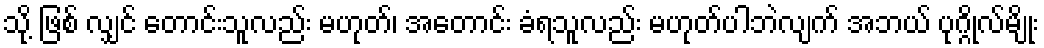
သို့ ဖြစ် လျှင် တောင်းသူလည်း မဟုတ်၊ အတောင်း ခံရသူလည်း မဟုတ်ပါဘဲလျက် အဘယ် ပုဂ္ဂိုလ်မျိုး